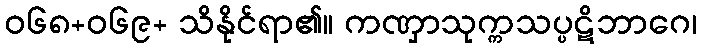
ဝ၆၈+၀၆၉+ သိနိုင်ရာ၏။ ကဏှာသုက္ကသပ္ပဋိဘာဂေ၊